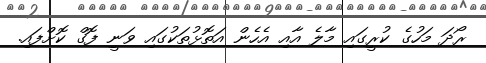
ރޯދަ މަހުގެ ކުރީގައި މާލެ އާއި އެހެން އަތޮޅުތަކުގައި ވަނީ ފޮގް ކޮށްފައި.